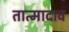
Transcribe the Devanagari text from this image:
तात्मादाव